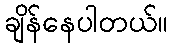
ချိန်နေပါတယ်။